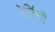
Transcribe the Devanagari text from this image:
पेर्लिनी